Report of the Indian Hemp Drugs Commission, 1894-1895 - Volume II
Year: 1894
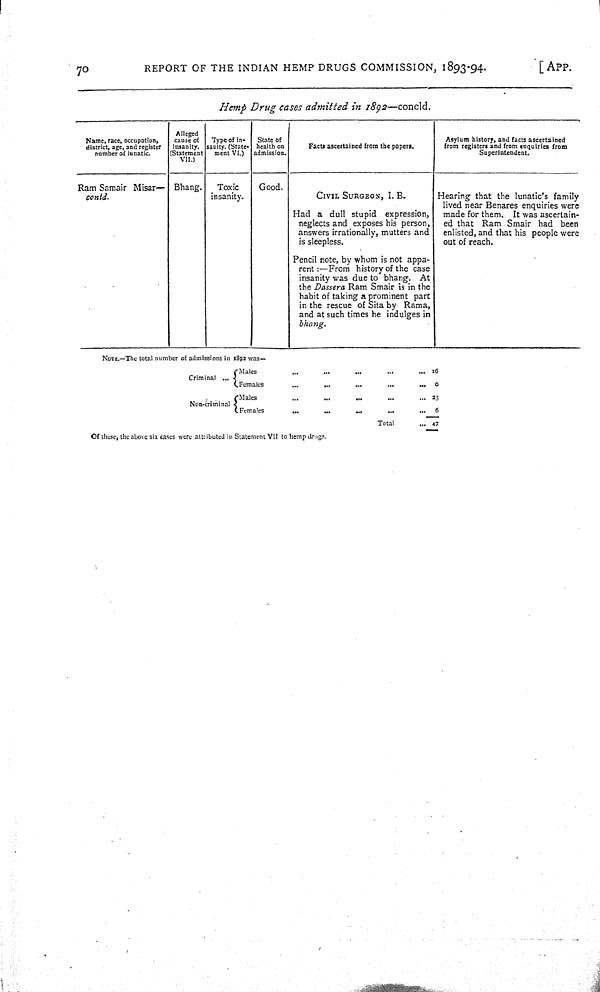
70
REPORT OF THE INDIAN HEMP DRUGS COMMISSION, 1893-94.
[APP.
Hemp Drug cases admitted in 1892—concld.
Name, race, occupation,
district, age, and register
number of lunatic.
Alleged
cause of
insanity.
(Statement
VII.)
Type of in-
sanity. (State-
ment VI.)
State of
health on
admission.
Facts ascertained from the papers.
Asylum history, and facts ascertained
from registers and from enquiries from
Superintendent.
Ram Samair Misar—
contd.
Bhang.
Toxic
insanity.
Good.
CIVIL SURGEON, I. B.
Had a dull stupid expression,
neglects and exposes his person,
answers irrationally, mutters and
is sleepless.
Pencil note, by whom is not appa-
rent:—From history of the case
insanity was due to bhang. At
the Dassera Ram Smair is in the
habit of taking a prominent part
in the rescue of Sita by Rama,
and at such times he indulges in
bhang.
Hearing that the lunatic's family
lived near Benares enquiries were
made for them. It was ascertain-
ed that Ram Smair had been
enlisted, and that his people were
out of reach.
NOTE.—The total number of admissions in 1892 was—
Criminal
Males
16
Criminal
Females
0
Non-criminal
Males
25
Non-criminal
Females
6
Total
47
Of these, the above six cases were attributed in Statement VII to hemp drugs.